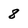
Character: 8